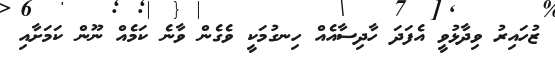
ޒުހައިރު ވިދާޅުވީ އެފަދަ ހާދިސާއެއް ހިނގުމަކީ ވެެގެން ވާނެ ކަމެއް ނޫން ކަމަށާއި